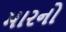
મારનો